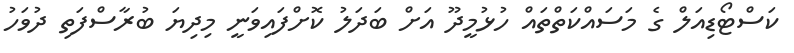
ކަސްޓޯޑިއަލް ގެ މަސައްކަތްތައް ހުޅުމީދޫ އަށް ބަދަލު ކޮށްފައިވަނީ މިދިޔަ ބުރާސްފަތި ދުވަހު